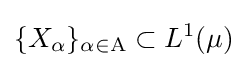
\{X_{\alpha }\}_{\alpha \in \mathrm {A} }\subset L^{1}(\mu )